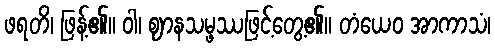
ဖရတိ၊ ဖြန့်၏။ ဝါ၊ ဈာနသမ္ဖဿဖြင့်တွေ့၏။ တံယေဝ အာကာသံ၊